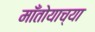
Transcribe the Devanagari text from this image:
माँतोयाच्या